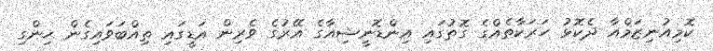
ކޮމިއުނިޒަމްއާ ދެކޮޅު ހަރަކާތެއްގެ ގޮތުގައި އިންޑޮނީޝިއާގެ އޭރުގެ ވެރިން އަޑީގައި ތިއްބަވައިގެން ހިންގި